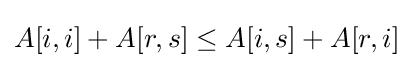
A[i,i]+A[r,s]\leq A[i,s]+A[r,i]